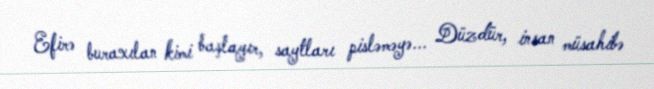
Efirə buraxılan kimi başlayır, saytları pisləməyə... Düzdür, insan müsahibə